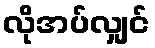
လိုအပ်လျှင်